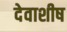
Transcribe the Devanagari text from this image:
देवाशीष